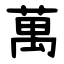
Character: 萬